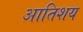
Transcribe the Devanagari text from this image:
आतिशय